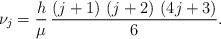
LaTeX: \begin{align*}\nu_j & = \frac{h}{\mu} \, \frac{\left( j+1\right) \, \left( j+2\right) \, \left( 4j+3\right)}{6}.\end{align*}